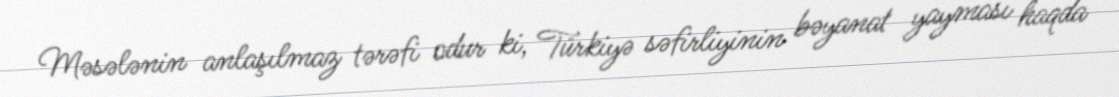
Məsələnin anlaşılmaz tərəfi odur ki, Türkiyə səfirliyinin bəyanat yayması haqda